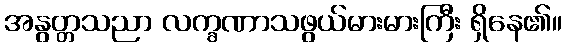
အနွတ္တသညာ လက္ခဏာသဖွယ်မားမားကြီး ရှိနေ၏။